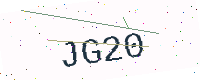
Text: JG20